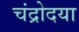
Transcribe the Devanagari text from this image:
चंद्रोदया